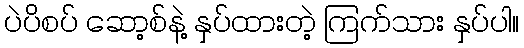
ပဲပိစပ် ဆော့စ်နဲ့ နှပ်ထားတဲ့ ကြက်သား နှပ်ပါ။